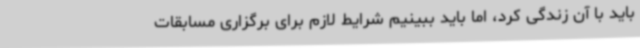
باید با آن زندگی کرد، اما باید ببینیم شرایط لازم برای برگزاری مسابقات